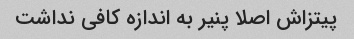
پیتزاش اصلا پنیر به اندازه کافی نداشت